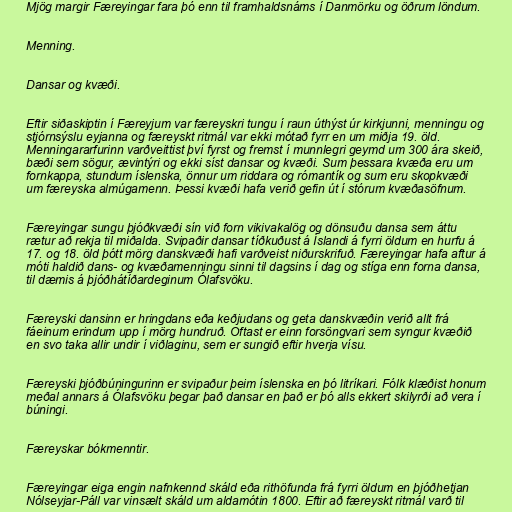
Mjög margir Færeyingar fara þó enn til framhaldsnáms í Danmörku og öðrum löndum.

Menning.

Dansar og kvæði.

Eftir siðaskiptin í Færeyjum var færeyskri tungu í raun úthýst úr kirkjunni, menningu og
stjórnsýslu eyjanna og færeyskt ritmál var ekki mótað fyrr en um miðja 19. öld.
Menningararfurinn varðveittist því fyrst og fremst í munnlegri geymd um 300 ára skeið,
bæði sem sögur, ævintýri og ekki síst dansar og kvæði. Sum þessara kvæða eru um
fornkappa, stundum íslenska, önnur um riddara og rómantík og sum eru skopkvæði
um færeyska almúgamenn. Þessi kvæði hafa verið gefin út í stórum kvæðasöfnum.

Færeyingar sungu þjóðkvæði sín við forn vikivakalög og dönsuðu dansa sem áttu
rætur að rekja til miðalda. Svipaðir dansar tíðkuðust á Íslandi á fyrri öldum en hurfu á
17. og 18. öld þótt mörg danskvæði hafi varðveist niðurskrifuð. Færeyingar hafa aftur á
móti haldið dans- og kvæðamenningu sinni til dagsins í dag og stíga enn forna dansa,
til dæmis á þjóðhátíðardeginum Ólafsvöku.

Færeyski dansinn er hringdans eða keðjudans og geta danskvæðin verið allt frá
fáeinum erindum upp í mörg hundruð. Oftast er einn forsöngvari sem syngur kvæðið
en svo taka allir undir í viðlaginu, sem er sungið eftir hverja vísu.

Færeyski þjóðbúningurinn er svipaður þeim íslenska en þó litríkari. Fólk klæðist honum
meðal annars á Ólafsvöku þegar það dansar en það er þó alls ekkert skilyrði að vera í
búningi.

Færeyskar bókmenntir.

Færeyingar eiga engin nafnkennd skáld eða rithöfunda frá fyrri öldum en þjóðhetjan
Nólseyjar-Páll var vinsælt skáld um aldamótin 1800. Eftir að færeyskt ritmál varð til